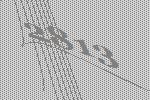
2813